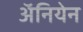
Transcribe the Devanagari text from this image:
अॅनियेन